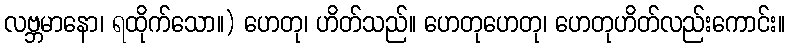
လဗ္ဘမာနော၊ ရထိုက်သော။) ဟေတု၊ ဟိတ်သည်။ ဟေတုဟေတု၊ ဟေတုဟိတ်လည်းကောင်း။